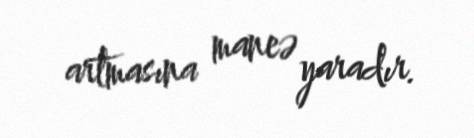
artmasına maneə yaradır.